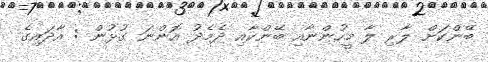
ބޭންކަށް ލާރި ލާ މީހުންނާއި ބޭންކާއި ދެމެދު އޮންނަ ގުޅުން : އާދައިގެ